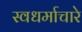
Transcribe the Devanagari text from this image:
स्वधर्माचारे